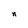
Character: n